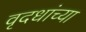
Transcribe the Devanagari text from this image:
वृदधांच्या